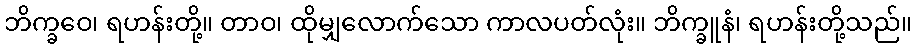
ဘိက္ခဝေ၊ ရဟန်းတို့။ တာဝ၊ ထိုမျှလောက်သော ကာလပတ်လုံး။ ဘိက္ခူနံ၊ ရဟန်းတို့သည်။